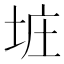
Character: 𪣐